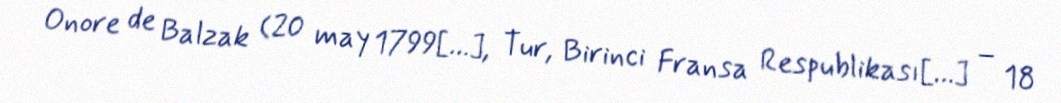
Onore de Balzak (20 may 1799[…], Tur, Birinci Fransa Respublikası[…] – 18